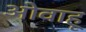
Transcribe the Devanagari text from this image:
ओवाहू